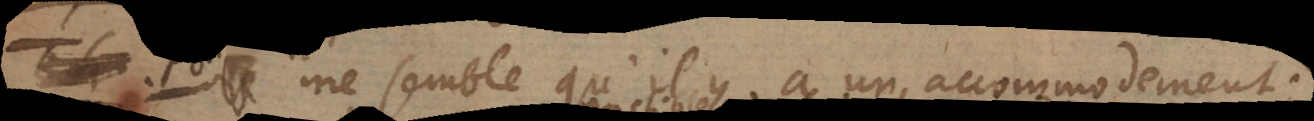
Th. me semble qu’il y a un accommodement;